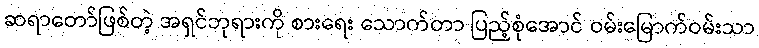
ဆရာတော်ဖြစ်တဲ့ အရှင်ဘုရားကို စားရေး သောက်တာ ပြည့်စုံအောင် ဝမ်းမြောက်ဝမ်းသာ